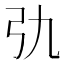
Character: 𢎩